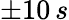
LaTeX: \pm 10\, s